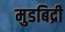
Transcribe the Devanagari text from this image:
मुडबिद्री